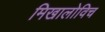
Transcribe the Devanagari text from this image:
मिखालोविच